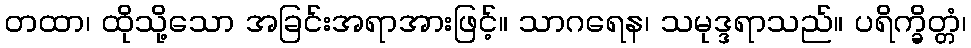
တထာ၊ ထိုသို့သော အခြင်းအရာအားဖြင့်။ သာဂရေန၊ သမုဒ္ဒရာသည်။ ပရိက္ခိတ္တံ၊